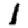
Digit: 1